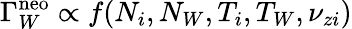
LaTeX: \Gamma_{W}^{\textrm{neo}}\propto f(N_{i},N_{W},T_{i},T_{W},\nu_{zi})